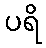
ပရိ